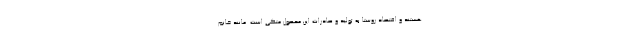
هستند و اقتصاد روستا به تولید و صادرات این محصول متکی است. مانند خانم